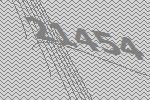
21454